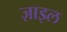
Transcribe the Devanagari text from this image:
ज़ाइल